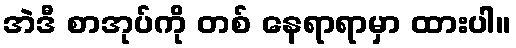
အဲဒီ စာအုပ်ကို တစ် နေရာရာမှာ ထားပါ။